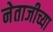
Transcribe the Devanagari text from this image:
नेताजीच्या